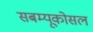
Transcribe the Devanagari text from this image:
सबम्‍यूकोसल